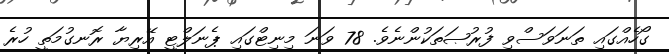
ގޯހެއްގައި ތަނަވަސްވި ފުރުޞަތަކުންނެވެ. 78 ވަނަ މިނިޓްގައި ޕެނަލްޓީ އޭރިޔާ ރޮނގުމަތީ ހުރެ